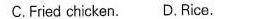
C.Fried chicken. D.Rice.